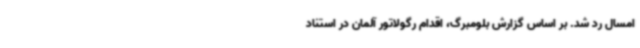
امسال رد شد. بر اساس گزارش بلومبرگ، اقدام رگولاتور آلمان در استناد